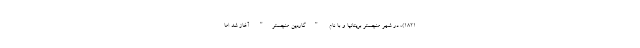
1821)، در شهر منچستر بریتانیا و با نام "گاردین منچستر" آغاز شد اما